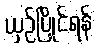
ယှဉ်ပြိုင်ရန်